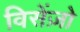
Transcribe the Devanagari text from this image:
विसेंज़ो